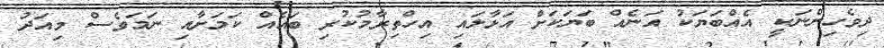
ދިވެހިންނަކީ އެއްބަޔަކު އަނެއް ބަޔަކަށް އަޅާލައި އިހްތިރާމުކުރި ބައެއް ކަމަށާއި ނަމަވެސް މިއަދު